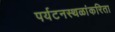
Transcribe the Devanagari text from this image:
पर्यटनस्थळांकरिता